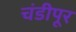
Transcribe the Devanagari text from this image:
चंडीपूर